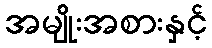
အမျိုးအစားနှင့်